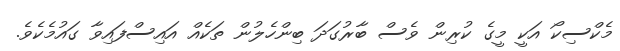
މެކްސިކޯ އަކީ މީގެ ކުރިން ވެސް ބާރުގަދަ ބިންހެލުން ތަކެއް އައިސްފައިވާ ގައުމެކެވެ.